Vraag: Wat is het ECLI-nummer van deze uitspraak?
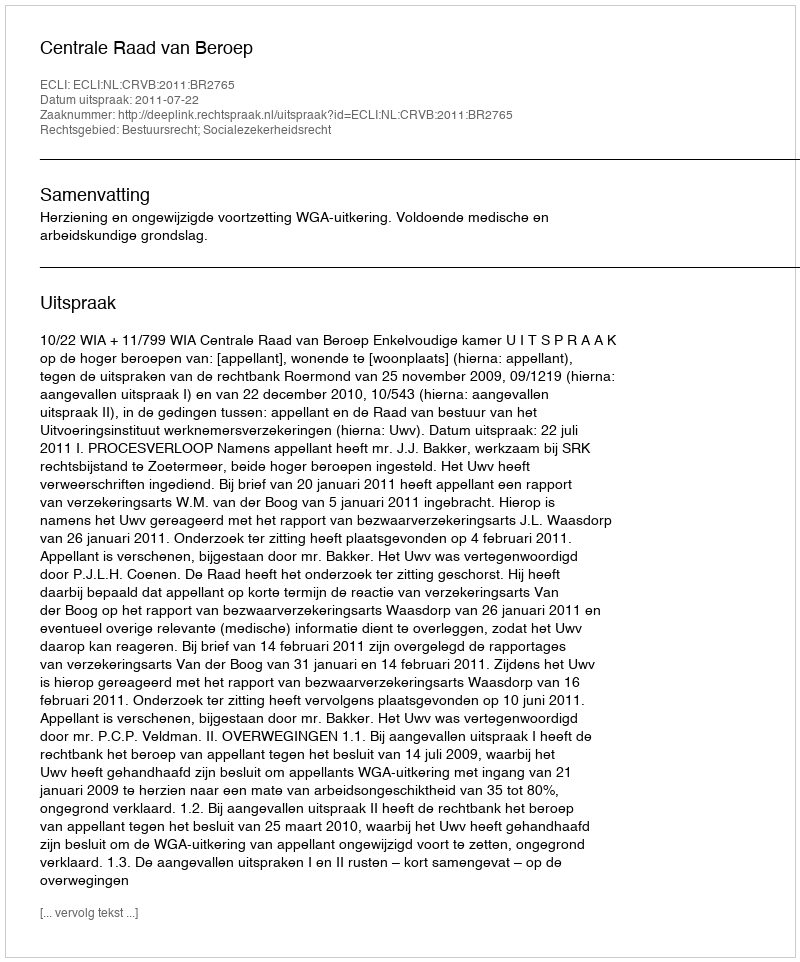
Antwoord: ECLI:NL:CRVB:2011:BR2765